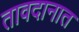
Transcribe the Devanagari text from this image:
तावदानात